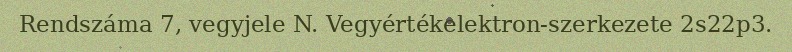
Rendszáma 7, vegyjele N. Vegyértékelektron-szerkezete 2s22p3.